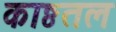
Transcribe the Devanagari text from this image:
काष्ठतल